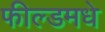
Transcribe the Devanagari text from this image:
फील्डमधे